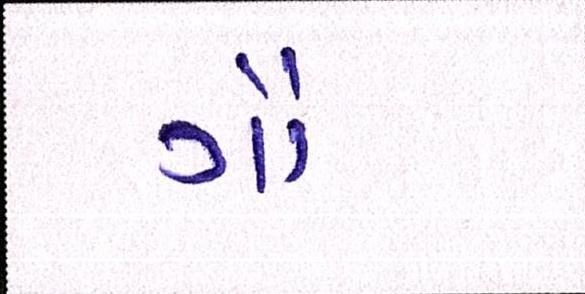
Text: ગૌ